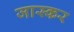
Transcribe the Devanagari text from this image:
जास्कर